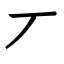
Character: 丆